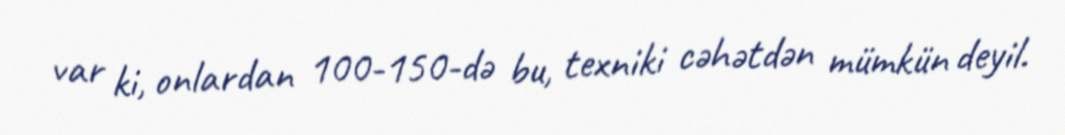
var ki, onlardan 100-150-də bu, texniki cəhətdən mümkün deyil.